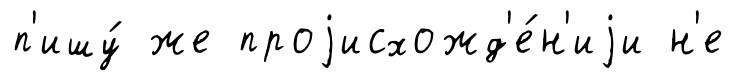
п'ишу́ же проjисхожд'е́н'иjи н'е